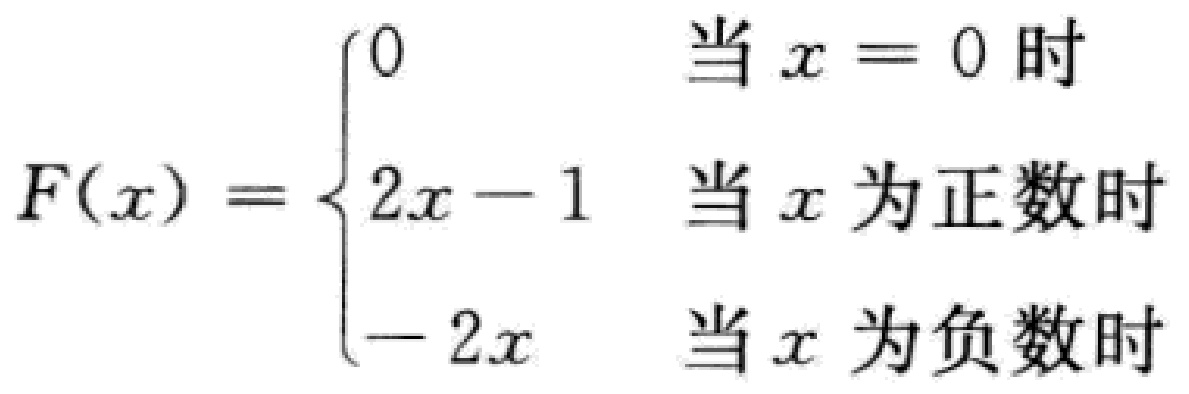
\[
F(x)=
\begin{cases}
0 & \text{当 } x = 0 \text{ 时}\\
2x - 1 & \text{当 } x \text{ 为正数时}\\
- 2x & \text{当 } x \text{ 为负数时}
\end{cases}
\]